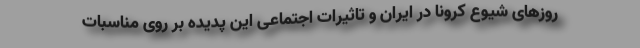
روزهای شیوع کرونا در ایران و تاثیرات اجتماعی این پدیده بر روی مناسبات